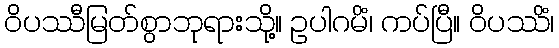
ဝိပဿီမြတ်စွာဘုရားသို့။ ဥပါဂမိံ၊ ကပ်ပြီ။ ဝိပဿိံ၊